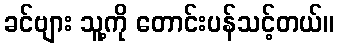
ခင်ဗျား သူ့ကို တောင်းပန်သင့်တယ်။